Report of the Indian Hemp Drugs Commission, 1894-1895 - Volume VI
Year: 1894
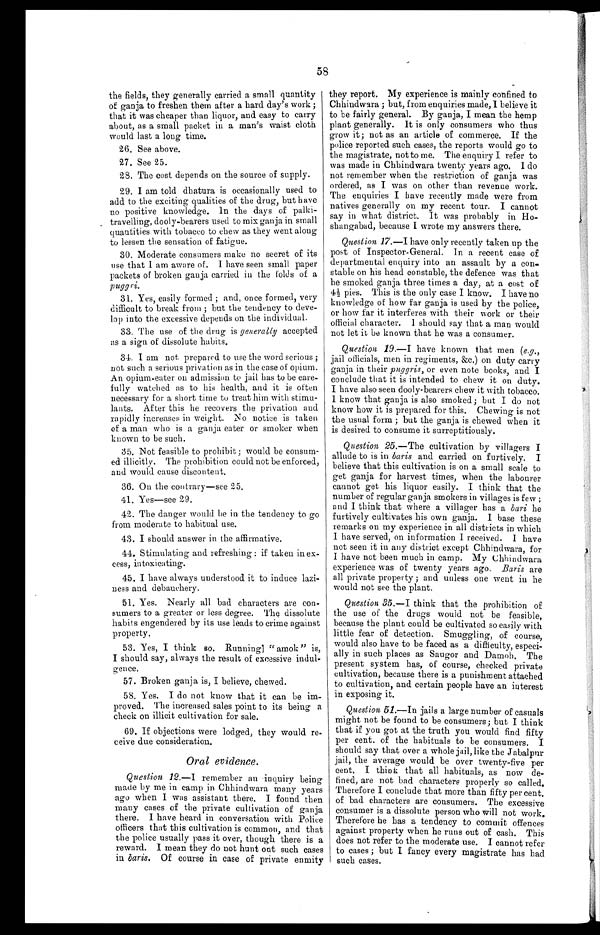
58
the fields, they generally carried a small quantity
of ganja to freshen them after a hard day's work ;
that it was cheaper than liquor, and easy to carry
about, as a small packet in a man's waist cloth
would last a long time.
26. See above.
27. See 25.
28. The cost depends on the source of supply.
29. I am told dhatura is occasionally used to
add to the exciting qualities of the drug, but have
no positive knowledge. In the days of palki-
travelling, dooly-bearers used to mix ganja in small
quantities with tobacco to chew as they went along
to lessen the sensation of fatigue.
30. Moderate consumers make no secret of its
use that I am aware of. I have seen small paper
packets of broken ganja carried in the folds of a
pugg ri.
31. Yes, easily formed ; and, once formed, very
difficult to break from ; but the tendency to deve-
lop into the excessive depends on the individual.
33. The use of the drug is generally accepted
as a sign of dissolute habits.
34. I am not prepared to use the word serious ;
not such a serious privation as in the case of opium.
An opium-eater on admission to jail has to be care-
fully watched as to his health, and it is often
necessary for a short time to treat him with stimu-
lants. After this he recovers the privation and
rapidly increases in weight. No notice is taken
of a man who is a ganja eater or smoker when
known to be such.
35. Not feasible to prohibit; would be consum-
ed illicitly. The prohibition could not be enforced,
and would cause discontent.
36. On the contrary—see 25.
41. Yes—see 29.
42. The danger would be in the tendency to go
from moderate to habitual use.
43. I should answer in the affirmative.
44. Stimulating and refreshing : if taken in ex-
cess, intoxicating.
45. I have always understood it to induce lazi-
ness and debauchery.
51. Yes. Nearly all bad characters are con-
sumers to a greater or less degree. The dissolute
habits engendered by its use leads to crime against
property.
53. Yes, I think so. Running] " amok " is,
I should say, always the result of excessive indul-
gence.
57. Broken ganja is, I believe, chewed.
58. Yes. I do not know that it can be
im-
proved. The increased sales point to its being
a check on illicit cultivation for sale.
69. If objections were lodged, they would re-
ceive due consideration.
Oral evidence.
Question 12.—I remember an inquiry being
made by me in camp in Chhindwara many years
ago when I was assistant there. I found then
many cases of the private cultivation of ganja
there. I have heard in conversation with Police
officers that this cultivation is common, and that
the police usually pass it over, though there is
a r e w a r d . I m e a n t h e y d o n o t h u n t o u t s u c h c a s e s
in baris. Of course in case of private enmity
they report. My experience is mainly confined to
Chhindwara ; but, from enquiries made, I believe it
to be fairly general. By ganja, I mean the hemp
plant generally. It is only consumers who thus
grow it; not as an article of commerce. If the
police reported such cases, the reports would go to
the magistrate, not to me. The enquiry I refer to
was made in Chhindwara twenty years ago. I do
not remember when the restriction of ganja was
ordered, as I was on other than revenue work.
The enquiries I have recently made were from
natives generally on my recent tour. I cannot
say in what district. It was probably in Ho-
shangabad, because I wrote my answers there.
Question 17.—I have only recently taken up the
post of Inspector-General. In a recent case of
departmental enquiry into an assault by a con-
stable on his head constable, the defence was that
he smoked ganja three times a day, at a cost of
4½ pies. This is the only case I know. I have no
knowledge of how far ganja is used by the police,
or how far it interferes with their work or their
official character. I should say that a man would
not let it be known that he was a consumer.
Question 19.—I have known that men (e.g.,
jail officials, men in regiments, &c.) on duty carry
ganja in their puggris, or even note books, and I
conclude that it is intended to chew it on duty.
I have also seen dooly-bearers chew it with tobacco.
I know that ganja is also smoked ; but I do not
know how it is prepared for this. Chewing is not
the usual form ; but the ganja is chewed when it
is desired to consume it surreptitiously.
Question 25.—The cultivation by villagers I
allude to is in baris and carried on furtively. I
believe that this cultivation is on a small scale to
get ganja for harvest times, when the labourer
cannot get his liquor easily. I think that the
number of regular ganja smokers in villages is few ;
and I think that where a villager has a bari he
furtively cultivates his own ganja. I base these
remarks on my experience in all districts in which
I have served, on information I received. I have
not seen it in any district except Chhindwara, for
I have not been much in camp. My Chhindwara
experience was of twenty years ago. Baris are
all private property ; and unless one went in he
would not see the plant.
Question 35.—I think that the prohibition of
the use of the drugs would not be feasible,
because the plant could be cultivated so easily with
little fear of detection. Smuggling, of course,
would also have to be faced as a difficulty, especi-
ally in such places as Saugor and Damoh. The
present system has, of course, checked private
cultivation, because there is a punishment attached
to cultivation, and certain people have an interest
in exposing it.
Question 51.—In jails a large number of casuals
might not be found to be consumers; but I think
that if you got at the truth you would find fifty
per cent. of the habituals to be consumers. I
should say that over a whole jail, like the Jabalpur
jail, the average would be over twenty-five per
cent. I think that all habituals, as now de-
fined, are not bad characters properly so called.
Therefore I conclude that more than fifty percent.
of bad characters are consumers. The excessive
consumer is a dissolute person who will not work.
Therefore he has a tendency to commit offences
against property when he runs out of cash. This
does not refer to the moderate use. I cannot refer
to cases ; but I fancy every magistrate has had
such cases.